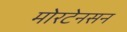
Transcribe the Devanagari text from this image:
मोरटेनसन